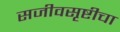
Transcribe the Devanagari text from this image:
सजीवसृष्टीचा